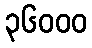
၃၆၀၀၀